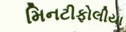
મિનટીફોલીયા